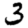
Digit: 3